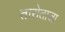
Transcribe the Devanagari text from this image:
तारोताजा